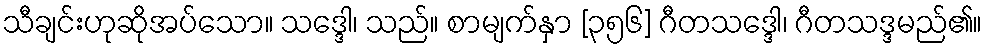
သီချင်းဟုဆိုအပ်သော။ သဒ္ဒေါ၊ သည်။ စာမျက်နှာ [၃၅၆] ဂီတသဒ္ဒေါ၊ ဂီတသဒ္ဒမည်၏။